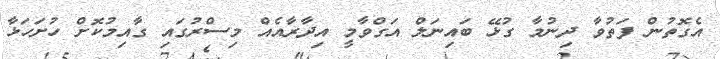
އެގޮތުން ފަތުވާ ދިނުމާ ގުޅޭ ބައިނަލް އަގްވާމީ އިދާރާއެއް މިސްރުގައި ގާއިމުކޮށް ހުށަހަޅާ